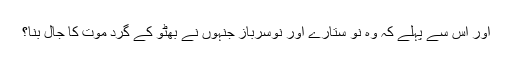
اور اس سے پہلے کہ وہ نو ستارے اور نوسرباز جنہوں نے بھٹو کے گرد موت کا جال بنا؟